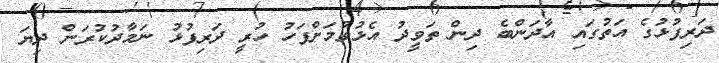
ދަރިފުޅުގެ އަތުގައި އާދަންބެ ދިން ތަވީދު އެޅުވުމަށްފަހު ހުރީ ދަރިފުޅު ނަމާދުކުރަން ދިޔަ